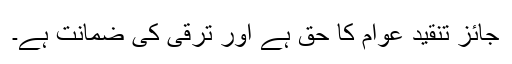
جائز تنقید عوام کا حق ہے اور ترقی کی ضمانت ہے۔